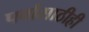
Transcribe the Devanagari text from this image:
पर्वासाठीही